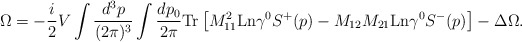
\begin{align*}\Omega = -\frac i 2 V \int \frac {d^3 p}{(2\pi)^3} \int\frac{dp_0}{2\pi} \mbox{Tr} \left [M^2_{11} \mbox{Ln} \gamma^0 S^+(p) -M_{12}M_{21} \mbox{Ln} \gamma^0 S^-(p) \right ] - \Delta\Omega.\end{align*}